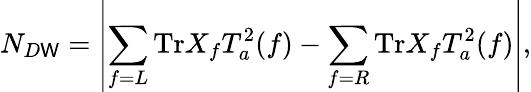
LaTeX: N_{D\mathsf{W}}=\left\vert\sum_{f=L}\mathrm{{Tr}}X_{f}T_{a}^{2}(f)-\sum_{f=R}\mathrm{{Tr}}X_{f}T_{a}^{2}(f)\large\right\vert,